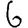
Digit: 6